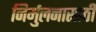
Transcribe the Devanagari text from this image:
निर्मुलनासाठी